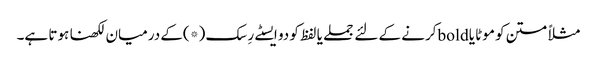
مثلاً متن کو موٹا یا boldکرنے کے لئے جملے یا لفظ کو دو ایسٹے رِسک (*)کے درمیان لکھنا ہوتا ہے۔